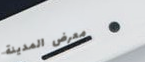
معرض المدينة